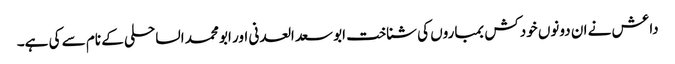
داعش نے ان دونوں خودکش بمباروں کی شناخت ابو سعد العدنی اور ابو محمد الساحلی کے نام سے کی ہے۔